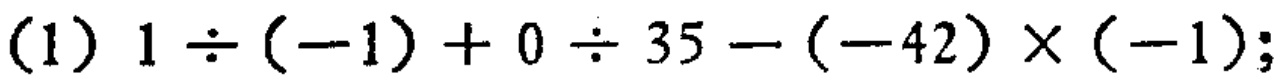
(1) \(1\div(-1)+0\div35 - (-42)\times(-1)\);